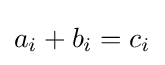
a_{i}+b_{i}=c_{i}